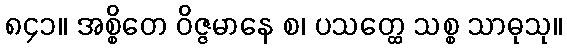
၈၄၁။ အစ္စိတေ ဝိဇ္ဇမာနေ စ၊ ပသတ္ထေ သစ္စ သာဓုသု။